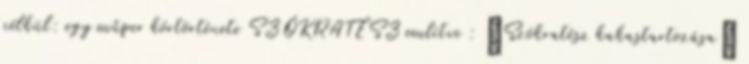
nélkül: egy műper kórtörténete SZÓKRATÉSZ említve : „Szókratész kakastartozása”